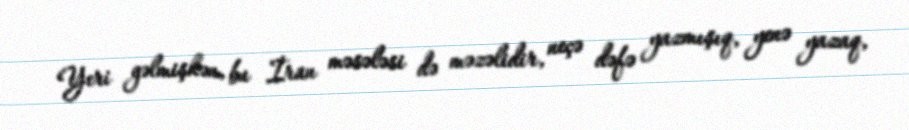
Yeri gəlmişkən, bu İran məsələsi də məzəlidir, neçə dəfə yazmışıq, yenə yazaq,